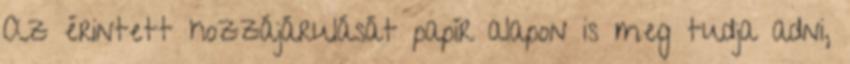
Az érintett hozzájárulását papír alapon is meg tudja adni,